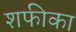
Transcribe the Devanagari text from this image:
शफीका